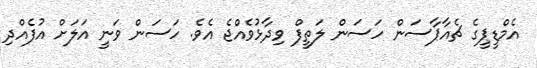
އެމްޑީޕީގެ ޗެއާޕާސަން ހަސަން ލަތީފް ވިދާޅުވެއްޖެ އެވެ. ހަސަން ވަނީ އަލަށް އުފެއްދި